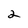
Character: 2